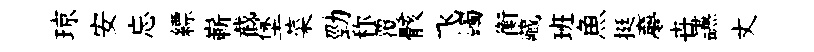
琼安忘縹嶄截堡菜勁称覆骸飞蠲衡藏班魚挺夣卋讌丈